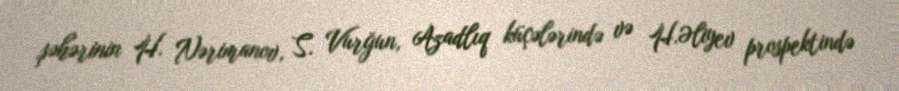
şəhərinin H. Nərimanov, S. Vurğun, Azadlıq küçələrində və H.Əliyev prospektində